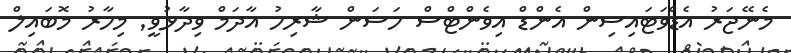
މެނޭޖަރު އެޑްވަޓައިސިން އެންޑް އިވެންޓްސް ހަސަން ޝާރިހު އާދަމް ވިދާޅުވީ